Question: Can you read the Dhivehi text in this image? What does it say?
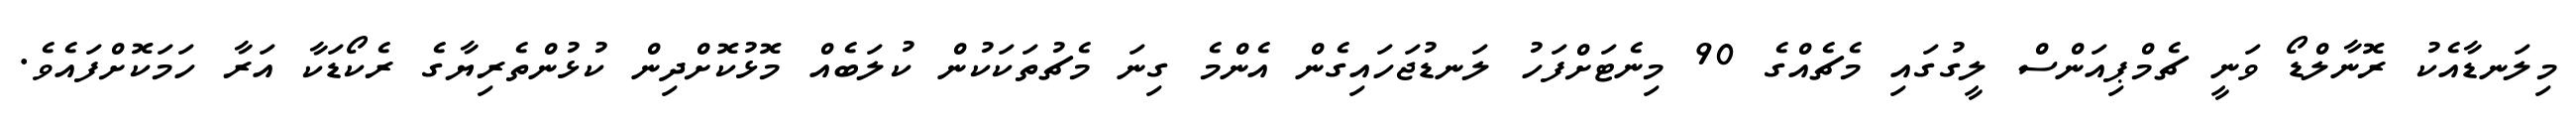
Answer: މިލަނޑާއެކު ރޮނާލްޑޯ ވަނީ ޗެމްޕިއަންސް ލީގުގައި މެޗެއްގެ 90 މިނެޓަށްފަހު ލަނޑުޖަހައިގެން އެންމެ ގިނަ މެޗުތަކަކުން ކުލަބެއް މޮޅުކޮށްދިން ކުޅުންތެރިޔާގެ ރެކޯޑަކާ އަރާ ހަމަކޮށްފައެވެ.